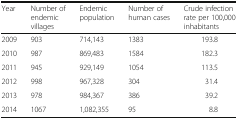
| Year | Number of endemic villages | Endemic population | Number of human cases | Crude infection rate per 100,000 inhabitants |
 | --- | --- | --- | --- | --- |
 | 2009 | 903 | 714,143 | 1383 | 193.8 |
 | 2010 | 987 | 869,483 | 1584 | 182.3 |
 | 2011 | 945 | 929,149 | 1054 | 113.5 |
 | 2012 | 998 | 967,328 | 304 | 31.4 |
 | 2013 | 978 | 984,367 | 386 | 39.2 |
 | 2014 | 1067 | 1,082,355 | 95 | 8.8 |